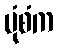
ပုံစံက